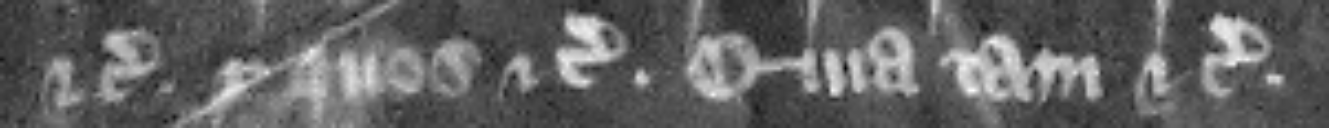
etc. per quos etc. quia tam etc.